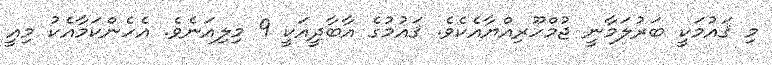
މި ޤައުމަކީ ބަރުލަމާނީ ޖުމްހޫރިއްޔާއެކެވެ. ޤައުމުގެ އާބާދީއަކީ 9 މިލިއަނެވެ. އެހެންކަމާއެކު މިއީ